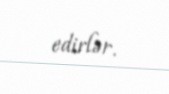
edirlər.